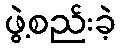
ဖွဲ့စည်းခဲ့